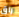
راق